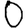
Digit: 0